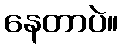
နေတာပဲ။